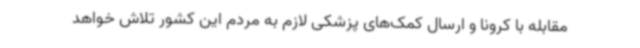
مقابله با کرونا و ارسال کمک‌های پزشکی لازم به مردم این کشور تلاش خواهد